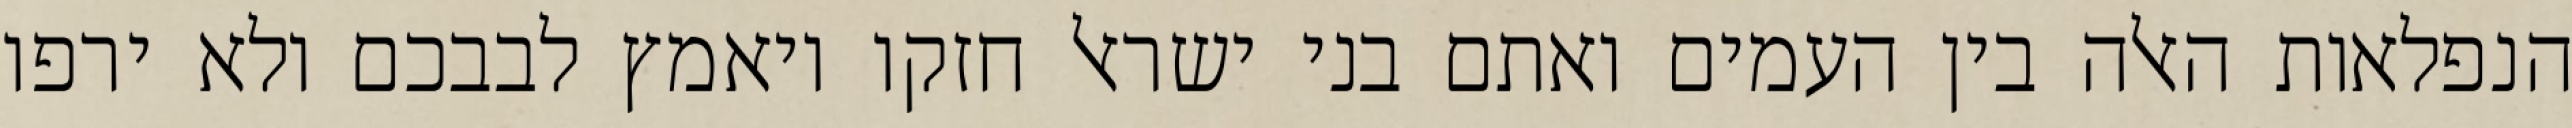
הנפלאות האלה בין העמים ואתם בני ישראל חזקו ויאמץ לבבכם ולא ירפו